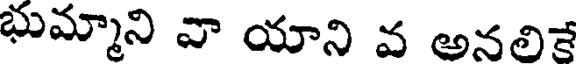
భుమ్మాని వా యాని వ అనలికే